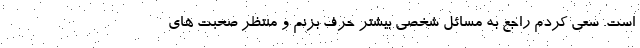
است. سعی کردم راجع به مسائل شخصی بیشتر حرف بزنم و منتظر صحبت های